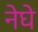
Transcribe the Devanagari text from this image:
नेघे